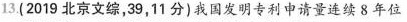
13.(2019北京文综，39，11分)我国发明专利申请量连续8年位